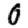
Digit: 0